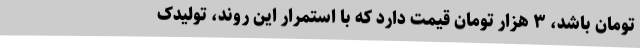
تومان باشد، ۳ هزار تومان قیمت دارد که با استمرار این روند، تولیدک